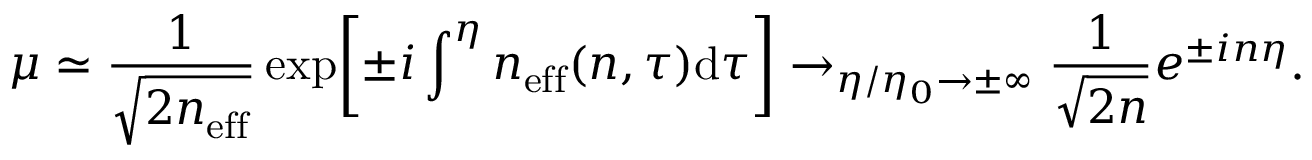
\mu \simeq \frac { 1 } { \sqrt { 2 n _ { \mathrm { e f f } } } } \exp \biggl [ \pm i \int ^ { \eta } n _ { \mathrm { e f f } } ( n , \tau ) \mathrm { d } \tau \biggr ] \rightarrow _ { \eta / \eta _ { 0 } \rightarrow \pm \infty } \frac { 1 } { \sqrt { 2 n } } e ^ { \pm i n \eta } .